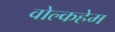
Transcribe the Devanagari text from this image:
वोल्कहेम